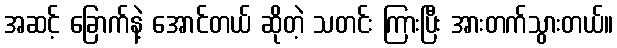
အဆင့် ခြောက်နဲ့ အောင်တယ် ဆိုတဲ့ သတင်း ကြားပြီး အားတက်သွားတယ်။